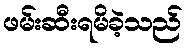
ဖမ်းဆီးရမိခဲ့သည်